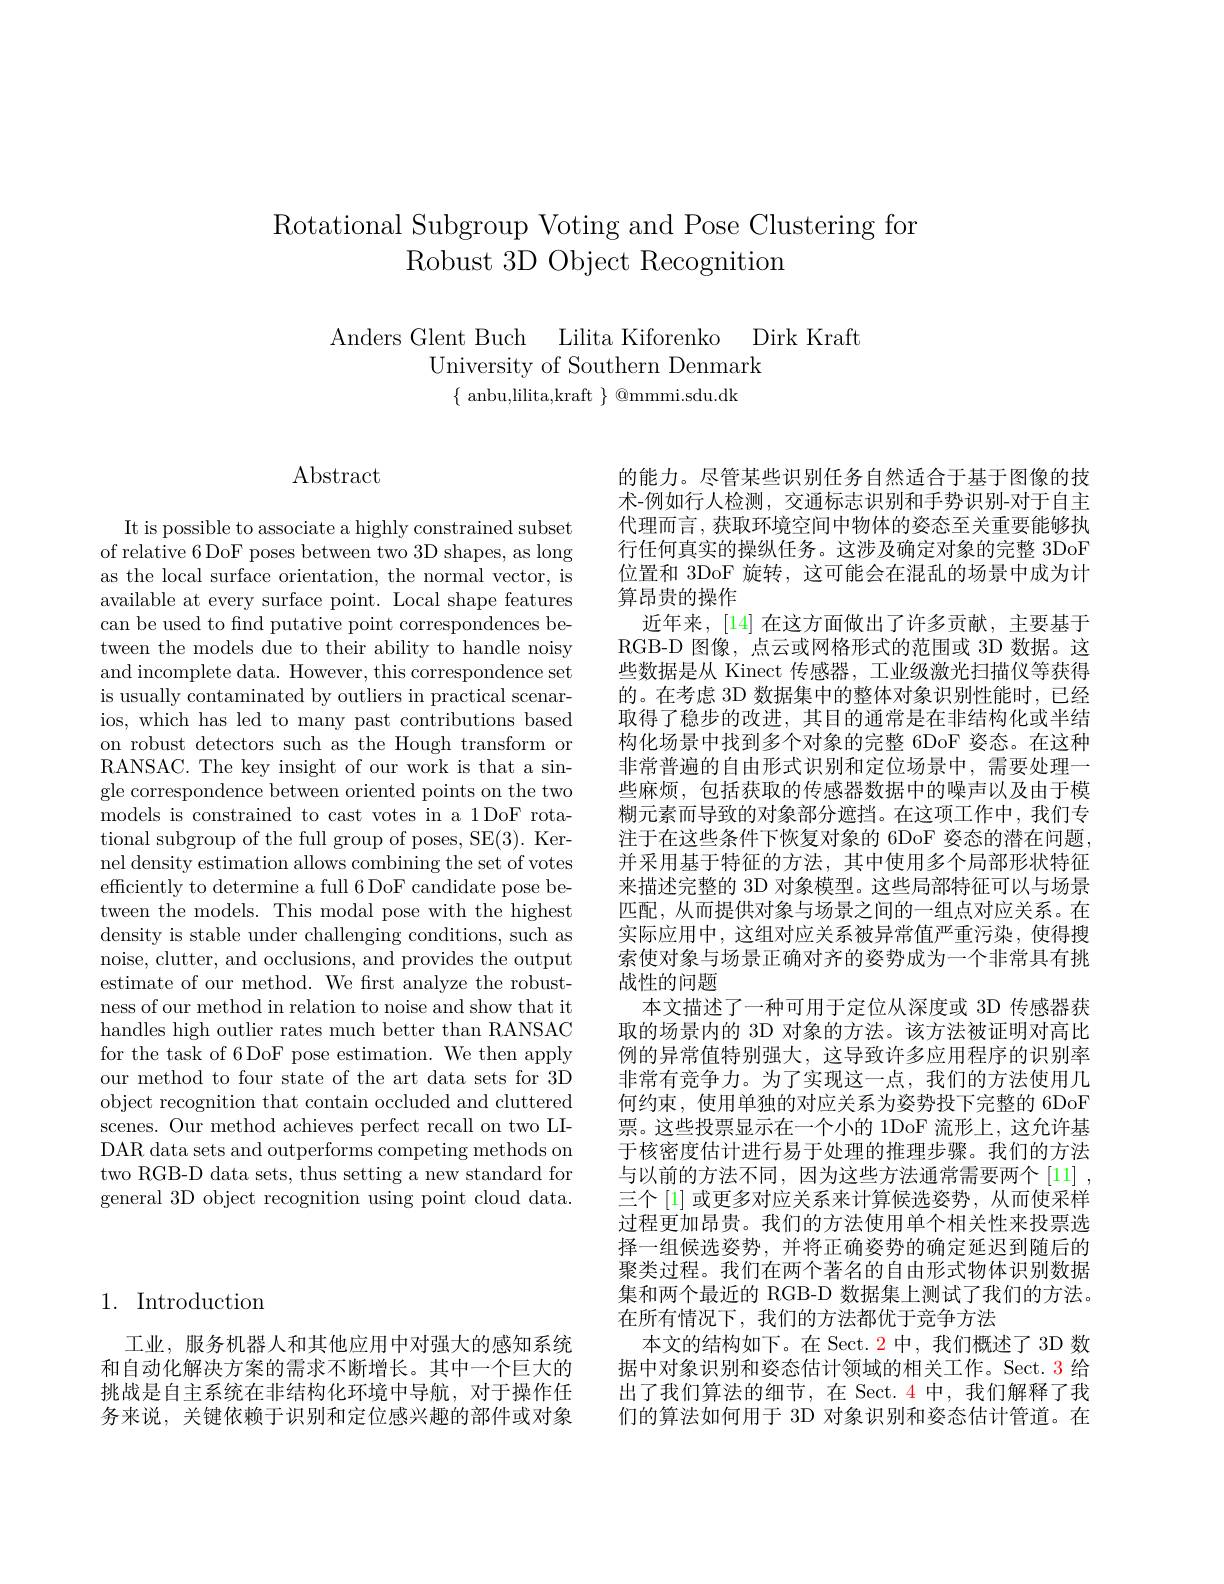
Rotational Subgroup Voting and Pose Clustering for
Robust 3D Object Recognition

Anders Glent Buch Lilita Kiforenko Dirk Kraft
University of Southern Denmark
$\{$ anbu,lilita,kraft $\}$ @mmmi.sdu.dk

## 1. Introduction

工业，服务机器人和其他应用中对强大的感知系统和自动化解决方案的需求不断增长。其中一个巨大的挑战是自主系统在非结构化环境中导航，对于操作任务来说，关键依赖于识别和定位感兴趣的部件或对象

$\operatorname{Abstract}$

It is possible to associate a highly constrained subset of relative 6 DoF poses between two 3D shapes, as long as the local surface orientation, the normal vector, is available at every surface point. Local shape features can be used to find putative point correspondences between the models due to their ability to handle noisy and incomplete data. However, this correspondence set is usually contaminated by outliers in practical scenarios, which has led to many past contributions based on robust detectors such as the Hough transform or RANSAC. The key insight of our work is that a single correspondence between oriented points on the two models is constrained to cast votes in a 1DoF rotational subgroup of the full group of poses, SE(3). Kernel density estimation allows combining the set of votes efficiently to determine a full 6 DoF candidate pose between the models. This modal pose with the highest density is stable under challenging conditions, such as noise, clutter, and occlusions, and provides the output estimate of our method. We first analyze the robustness of our method in relation to noise and show that it handles high outlier rates much better than RANSAC for the task of 6DoF pose estimation. We then apply our method to four state of the art data sets for 3D object recognition that contain occluded and cluttered scenes. Our method achieves perfect recall on two LIDAR data sets and outperforms competing methods on two RGB-D data sets, thus setting a new standard for general 3D object recognition using point cloud data.

的能力。尽管某些识别任务自然适合于基于图像的技术-例如行人检测，交通标志识别和手势识别-对于自主代理而言，获取环境空间中物体的姿态至关重要能够执行任何真实的操纵任务。这涉及确定对象的完整 3DoF 位置和 3DoF 旋转，这可能会在混乱的场景中成为计算昂贵的操作
近年来，[14]在这方面做出了许多贡献，主要基于RGB-D 图像，点云或网格形式的范围或 3D 数据。这些数据是从 Kinect 传感器，工业级激光扫描仪等获得的。在考虑 3D 数据集中的整体对象识别性能时，已经取得了稳步的改进，其目的通常是在非结构化或半结构化场景中找到多个对象的完整 6DoF 姿态。在这种非常普遍的自由形式识别和定位场景中，需要处理一些麻烦，包括获取的传感器数据中的噪声以及由于模糊元素而导致的对象部分遮挡。在这项工作中，我们专注于在这些条件下恢复对象的 6DoF 姿态的潜在问题， 并采用基于特征的方法，其中使用多个局部形状特征来描述完整的 3D 对象模型。这些局部特征可以与场景匹配，从而提供对象与场景之间的一组点对应关系。在实际应用中，这组对应关系被异常值严重污染，使得搜索使对象与场景正确对齐的姿势成为一个非常具有挑战性的问题
本文描述了一种可用于定位从深度或 3D 传感器获取的场景内的 3D 对象的方法。该方法被证明对高比例的异常值特别强大，这导致许多应用程序的识别率非常有竞争力。为了实现这一点，我们的方法使用几何约束，使用单独的对应关系为姿势投下完整的 6DoF 票。这些投票显示在一个小的 1DoF 流形上，这允许基于核密度估计进行易于处理的推理步骤。我们的方法与以前的方法不同，因为这些方法通常需要两个[11] , 三个[1] 或更多对应关系来计算候选姿势，从而使采样过程更加昂贵。我们的方法使用单个相关性来投票选择一组候选姿势，并将正确姿势的确定延迟到随后的聚类过程。我们在两个著名的自由形式物体识别数据集和两个最近的 RGB-D 数据集上测试了我们的方法。在所有情况下，我们的方法都优于竞争方法
本文的结构如下。在 Sect. 2 中，我们概述了 3D 数据中对象识别和姿态估计领域的相关工作。Sect. 3 给出了我们算法的细节，在 Sect. 4 中，我们解释了我们的算法如何用于 3D 对象识别和姿态估计管道。在